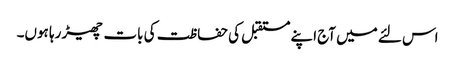
اس لئے میں آج اپنے مستقبل کی حفاظت کی بات چھیڑ رہا ہوں۔